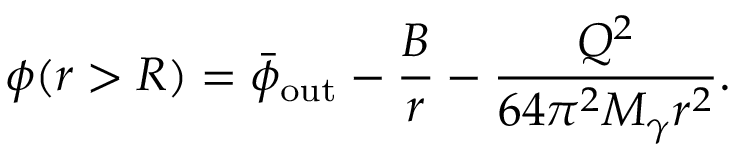
\phi ( r > R ) = \bar { \phi } _ { \mathrm { o u t } } - \frac { B } { r } - \frac { Q ^ { 2 } } { 6 4 \pi ^ { 2 } M _ { \gamma } r ^ { 2 } } .